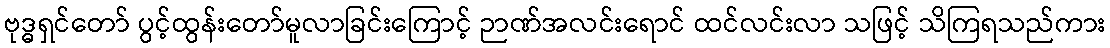
ဗုဒ္ဓရှင်တော် ပွင့်ထွန်းတော်မူလာခြင်းကြောင့် ဉာဏ်အလင်းရောင် ထင်လင်းလာ သဖြင့် သိကြရသည်ကား